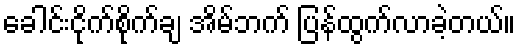
ခေါင်းငိုက်စိုက်ချ အိမ်ဘက် ပြန်ထွက်လာခဲ့တယ်။